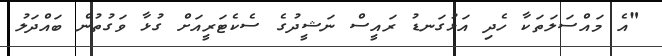
"އެ މައްސަލަތަކާ ހެދި އަޅުގަނޑު ރައީސް ނަޝީދުގެ ސެކެޓަރީއަށް ގުޅާ ވަގުތުން ބައްދަލު